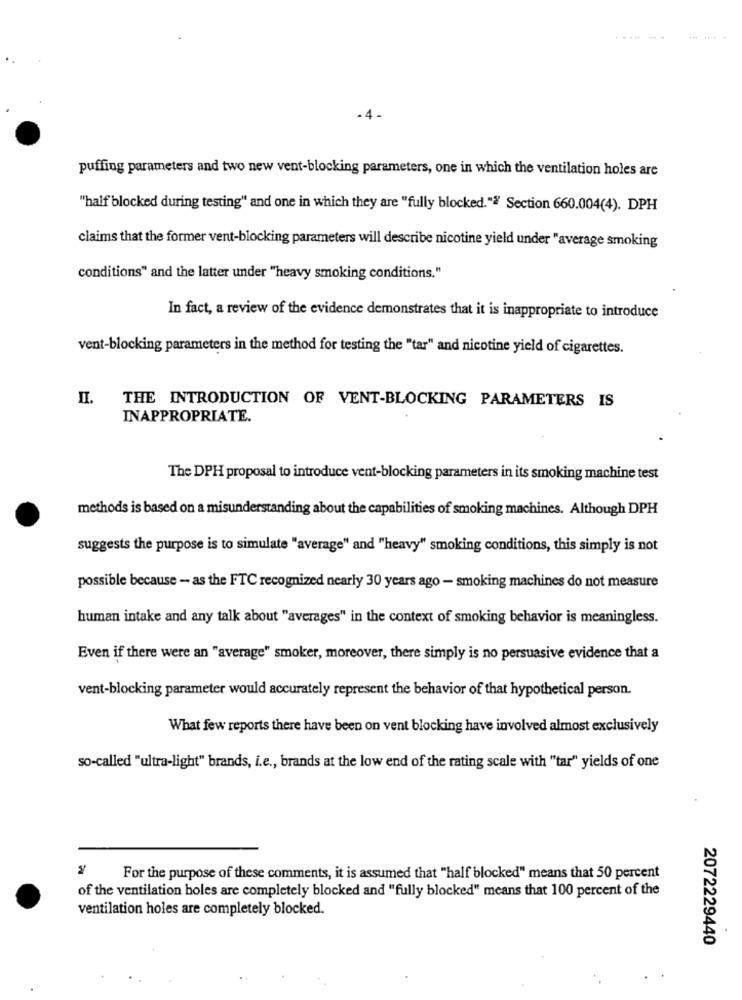
-4.
puffing parameters and two new vent-blocking parameters, one in which the ventilation holes are
"half blocked during testing" and one in which they are "fully blocked."" Section 660.004(4). DPH
claims that the former vent-blocking parameters will describe nicotine yield under "average smoking
conditions" and the latter under "heavy smoking conditions."
In fact, a review of the evidence demonstrates that it is inappropriate to introduce
vent-blocking parameters in the method for testing the "tar" and nicotine yield of cigarettes.
II.
THE INTRODUCTION OF VENT-BLOCKING PARAMETERS IS
INAPPROPRIATE.
The DPH proposal to introduce vent-blocking parameters in its smoking machine test
methods is based on a misunderstanding about the capabilities of smoking machines. Although DPH
suggests the purpose is to simulate "average" and "heavy" smoking conditions, this simply is not
possible because - as the FTC recognized nearly 30 years ago - smoking machines do not measure
human intake and any talk about "averages" in the context of smoking behavior is meaningless.
Even if there were an "average" smoker, moreover, there simply is no persuasive evidence that a
vent-blocking parameter would accurately represent the behavior of that hypothetical person.
What few reports there have been on vent blocking have involved almost exclusively
so-called "ultra-light" brands, i.e ., brands at the low end of the rating scale with "tar" yields of one
For the purpose of these comments, it is assumed that "half blocked" means that 50 percent
of the ventilation boles are completely blocked and "fully blocked" means that 100 percent of the
ventilation holes are completely blocked.
2072229440